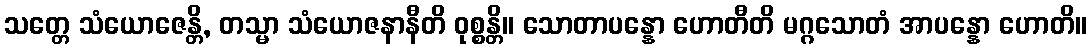
သတ္တေ သံယောဇေန္တိ, တသ္မာ သံယောဇနာနီတိ ဝုစ္စန္တိ။ သောတာပန္နော ဟောတီတိ မဂ္ဂသောတံ အာပန္နော ဟောတိ။